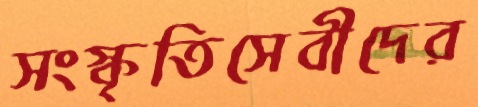
সংস্কৃতিসেবীদের